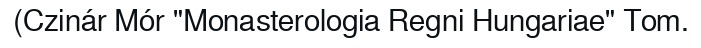
(Czinár Mór "Monasterologia Regni Hungariae" Tom.